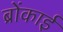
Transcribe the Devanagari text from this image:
ब्रोंकाई